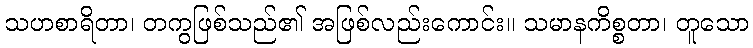
သဟစာရိတာ၊ တကွဖြစ်သည်၏ အဖြစ်လည်းကောင်း။ သမာနကိစ္စတာ၊ တူသော